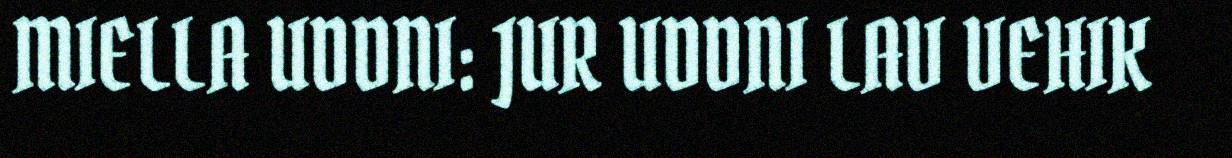
MIELLA UDDNI: JUR UDDNI LAV VEHIK